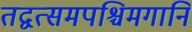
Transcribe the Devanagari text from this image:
तद्वत्समपश्चिमगानि